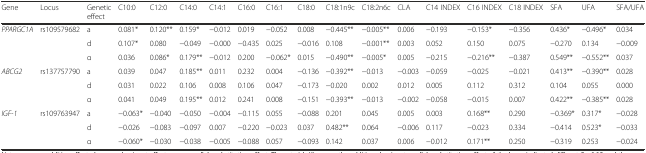
<table><thead><tr><td><b>Gene</b></td><td><b>Locus</b></td><td><b>Genetic effect</b></td><td><b>C10:0</b></td><td><b>C12:0</b></td><td><b>C14:0</b></td><td><b>C14:1</b></td><td><b>C16:0</b></td><td><b>C16:1</b></td><td><b>C18:0</b></td><td><b>C18:1n9c</b></td><td><b>C18:2n6c</b></td><td><b>CLA</b></td><td><b>C14 INDEX</b></td><td><b>C16 INDEX</b></td><td><b>C18 INDEX</b></td><td><b>SFA</b></td><td><b>UFA</b></td><td><b>SFA/UFA</b></td></tr></thead><tbody><tr><td rowspan="3"><i>PPARGC1A</i></td><td rowspan="3">rs109579682</td><td>a</td><td>0.081*</td><td>0.120**</td><td>0.159*</td><td>−0.012</td><td>0.019</td><td>−0.052</td><td>0.008</td><td>−0.445**</td><td>−0.005**</td><td>0.006</td><td>−0.193</td><td>−0.153*</td><td>−0.356</td><td>0.436*</td><td>−0.496*</td><td>0.034</td></tr><tr><td>d</td><td>0.107*</td><td>0.080</td><td>−0.049</td><td>−0.000</td><td>−0.435</td><td>0.025</td><td>−0.016</td><td>0.108</td><td>−0.001**</td><td>0.003</td><td>0.052</td><td>0.150</td><td>0.075</td><td>−0.270</td><td>0.134</td><td>−0.009</td></tr><tr><td>α</td><td>0.036</td><td>0.086*</td><td>0.179**</td><td>−0.012</td><td>0.200</td><td>−0.062*</td><td>0.015</td><td>−0.490**</td><td>−0.005*</td><td>0.005</td><td>−0.215</td><td>−0.216**</td><td>−0.387</td><td>0.549**</td><td>−0.552**</td><td>0.037</td></tr><tr><td rowspan="3"><i>ABCG2</i></td><td rowspan="3">rs137757790</td><td>a</td><td>0.039</td><td>0.047</td><td>0.185**</td><td>0.011</td><td>0.232</td><td>0.004</td><td>−0.136</td><td>−0.392**</td><td>−0.013</td><td>−0.003</td><td>−0.059</td><td>−0.025</td><td>−0.021</td><td>0.413**</td><td>−0.390**</td><td>0.028</td></tr><tr><td>d</td><td>0.031</td><td>0.022</td><td>0.106</td><td>0.008</td><td>0.106</td><td>0.047</td><td>−0.173</td><td>−0.020</td><td>0.002</td><td>0.012</td><td>0.005</td><td>0.112</td><td>0.312</td><td>0.104</td><td>0.055</td><td>0.000</td></tr><tr><td>α</td><td>0.041</td><td>0.049</td><td>0.195**</td><td>0.012</td><td>0.241</td><td>0.008</td><td>−0.151</td><td>−0.393**</td><td>−0.013</td><td>−0.002</td><td>−0.058</td><td>−0.015</td><td>0.007</td><td>0.422**</td><td>−0.385**</td><td>0.028</td></tr><tr><td rowspan="3"><i>IGF-1</i></td><td rowspan="3">rs109763947</td><td>a</td><td>−0.063*</td><td>−0.040</td><td>−0.050</td><td>−0.004</td><td>−0.115</td><td>0.055</td><td>−0.088</td><td>0.201</td><td>0.045</td><td>0.005</td><td>0.003</td><td>0.168**</td><td>0.290</td><td>−0.369*</td><td>0.317*</td><td>−0.028</td></tr><tr><td>d</td><td>−0.026</td><td>−0.083</td><td>−0.097</td><td>0.007</td><td>−0.220</td><td>−0.023</td><td>0.037</td><td>0.482**</td><td>0.064</td><td>−0.006</td><td>0.117</td><td>−0.023</td><td>0.334</td><td>−0.414</td><td>0.523*</td><td>−0.033</td></tr><tr><td>α</td><td>−0.060*</td><td>−0.030</td><td>−0.038</td><td>−0.005</td><td>−0.088</td><td>0.057</td><td>−0.093</td><td>0.142</td><td>0.037</td><td>0.006</td><td>−0.012</td><td>0.171**</td><td>0.250</td><td>−0.319</td><td>0.253</td><td>−0.024</td></tr></tbody></table>